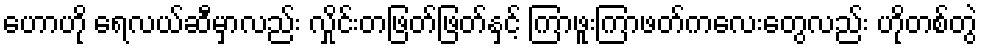
ဟောဟို ရေလယ်ဆီမှာလည်း လှိုင်းတဖြတ်ဖြတ်နှင့် ကြာဖူးကြာဖတ်ကလေးတွေလည်း ဟိုတစ်တွဲ